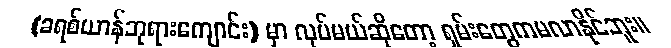
(ခရစ်ယာန်ဘုရားကျောင်း) မှာ လုပ်မယ်ဆိုတော့ ရှမ်းတွေကမလာနိုင်ဘူး။